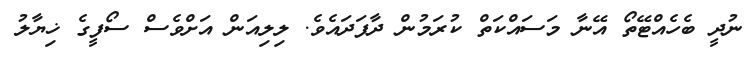
ނުދީ ބެހެއްޓޭތޯ އޭނާ މަސައްކަތް ކުރަމުން ދާފަދައެވެ. ލިލިއަން އަށްވެސް ސޯފީގެ ޚިޔާލު